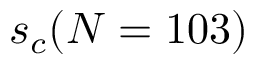
s _ { c } ( N = 1 0 3 )